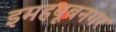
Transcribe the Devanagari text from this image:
इमहबूबनगर